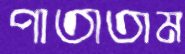
পাতাতাম